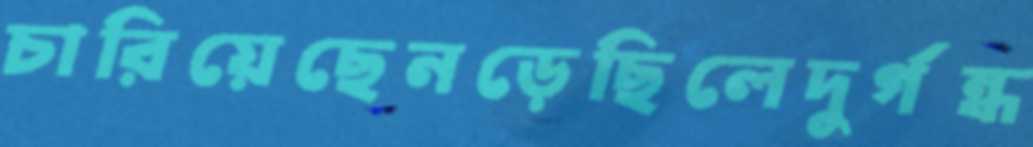
চারিয়েছেনড়েছিলেদুর্গন্ধ